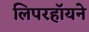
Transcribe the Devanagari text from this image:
लिपरहॉयने